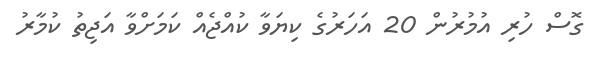
ގޮސް ހުރި އުމުރުން 20 އަހަރުގެ ކިޔަވާ ކުއްޖެއް ކަމަށްވާ އަޖިތު ކުމާރު